Annual report of the Punjab Veterinary College and of the Civil Veterinary Department, Punjab - 1909-1919
Year: 1909
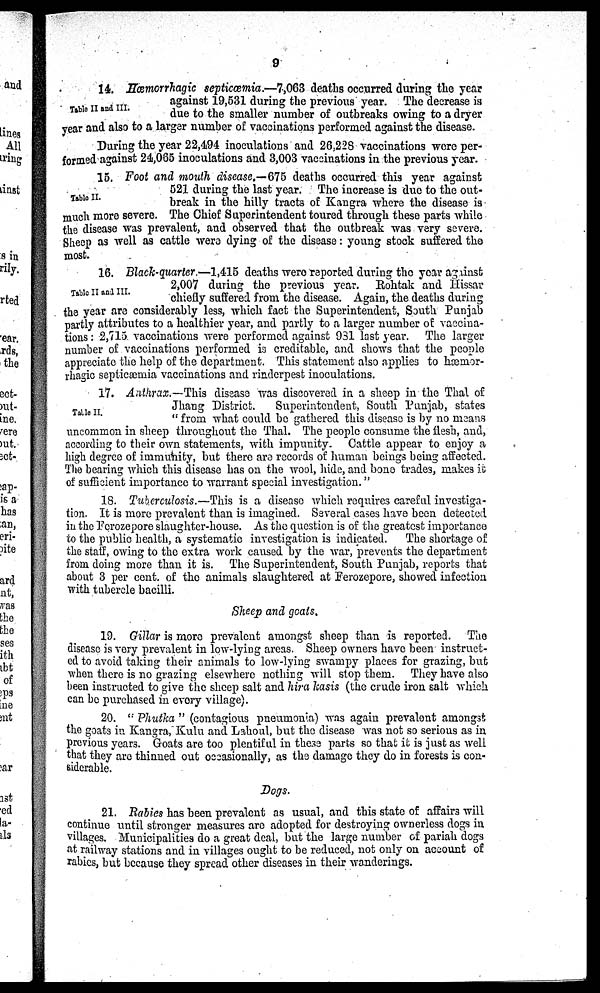
9
Table II and III.
14. Hæmorrhagic septicæmia.—7,063 deaths occurred during the year
against 19,531 during the previous year. The decrease is
due to the smaller number of outbreaks owing to a dryer
year and also to a larger number of vaccinations performed against the disease.
During the year 22,494 inoculations and 26,228 vaccinations were per-
formed against 24,065 inoculations and 3,003 vaccinations in the previous year.
Table II.
15. Foot and mouth disease.—675 deaths occurred this year against
521 during the last year. The increase is due to the out-
break in the hilly tracts of Kangra where the disease is
much more severe. The Chief Superintendent toured through these parts while
the disease was prevalent, and observed that the outbreak was very severe.
Sheep as well as cattle wera dying of the disease: young stock suffered the
most.
Table II and III.
16. Black-quarter —1,415 deaths were reported during the year against
2,007 during the previous year. Rohtak and Hissar
chiefly suffered from the disease. Again, the deaths during
the year are considerably less, which fact the Superintendent, South Punjab
partly attributes to a healthier year, and partly to a larger number of vaccina-
tions: 2,715 vaccinations were performed against 931 last year. The larger
number of vaccinations performed is creditable, and shows that the people
appreciate the help of the department. This statement also applies to hæmor-
rhagic septicæmia vaccinations and rinderpest inoculations.
Table II.
17. Anthrax.—This disease was discovered in a sheep in the Thal of
Jhang District.
Superintendent, South Punjab, states
"from what could be gathered this disease is by no means
uncommon in sheep throughout the Thal. The people consume the flesh, and,
according to their own statements, with impunity. Cattle appear to enjoy a
high degree of immunity, but there are records of human beings being affected.
The bearing which this disease has on the wool, hide, and bono trades, makes it
of sufficient importance to warrant special investigation."
18. Tuberculosis.—This is a disease which requires careful investiga-
tion. It is more prevalent than is imagined. Several cases have been detected
in the Ferozepore slaughter-house. As the question is of the greatest importance
to the public health, a systematic investigation is indicated.
The shortage of
the staff, owing to the extra work caused by the war, prevents the department
from doing more than it is. The Superintendent, South Punjab, reports that
about 3 per cent. of the animals slaughtered at Ferozepore, showed infection
with tubercle bacilli.
Sheep and goats,
19. Gillar is more prevalent amongst sheep than is reported. The
disease is very prevalent in low-lying areas. Sheep owners have been instruct-
ed to avoid taking their animals to low-lying swampy places for grazing, but
when there is no grazing elsewhere nothing will stop them. They have also
been instructed to give the sheep salt and hira kasis (the crude iron salt which
can be purchased in every village).
20. " Phutka " (contagious pneumonia) was again prevalent amongst
the goats in Kangra, Kulu and Lahoul, but the disease was not so serious as in
previous years. Goats are too plentiful in these parts so that it is just as well
that they are thinned out occasionally, as the damage they do in forests is con-
siderable.
Dogs.
21. Rabies has been prevalent as usual, and this state of affairs will
continue until stronger measures are adopted for destroying ownerless dogs in
villages. Municipalities do a great deal, but the large number of pariah dogs
at railway stations and in villages ought to be reduced, not only on account of
rabies, but because they spread other diseases in their wanderings.